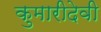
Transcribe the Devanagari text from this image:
कुमारीदेवी